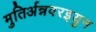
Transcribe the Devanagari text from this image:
मुतिर्अन्नवरइयुन